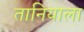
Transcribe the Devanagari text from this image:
तानियाला